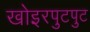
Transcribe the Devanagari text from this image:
खोइरपुटपुट